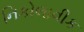
નિકોલાવીક